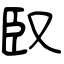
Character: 臤